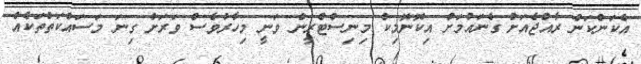
އެކަންކަން ރާއްޖެއަށް ގެނައުމަށް އިކޮނޮމިކް މިނިސްޓްރީން ވަނީ މިހާރުވެސް ވަރަށް ގިނަ މަސައްކަތްތަކެއް